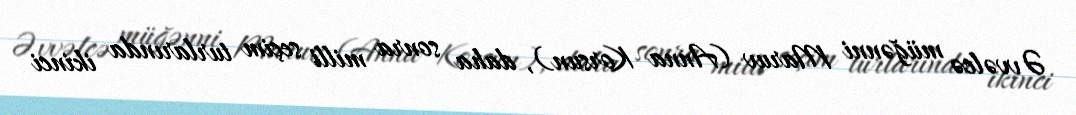
Əvvəlcə müğənni Maruv (Anna Korsun), daha sonra milli seçim turlarında ikinci